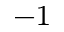
^ { - 1 }